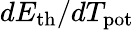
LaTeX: dE_{\mathrm{th}}/dT_{\mathrm{pot}}